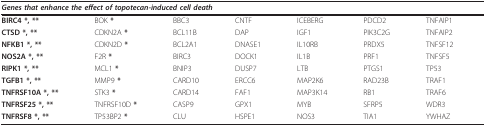
<table><thead><tr><td colspan="7"><b><i>Genes that enhance the effect of topotecan-induced cell death</i></b></td></tr></thead><tbody><tr><td><b>BIRC4 *, **</b></td><td>BOK <b>*</b></td><td>BBC3</td><td>CNTF</td><td>ICEBERG</td><td>PDCD2</td><td>TNFAIP1</td></tr><tr><td><b>CTSD *, **</b></td><td>CDKN2A <b>*</b></td><td>BCL11B</td><td>DAP</td><td>IGF1</td><td>PIK3C2G</td><td>TNFAIP2</td></tr><tr><td><b>NFKB1 *, **</b></td><td>CDKN2D <b>*</b></td><td>BCL2A1</td><td>DNASE1</td><td>IL10RB</td><td>PRDX5</td><td>TNFSF12</td></tr><tr><td><b>NOS2A *, **</b></td><td>F2R <b>*</b></td><td>BIRC3</td><td>DOCK1</td><td>IL1B</td><td>PRF1</td><td>TNFSF5</td></tr><tr><td><b>RIPK1 *, **</b></td><td>MCL1 <b>*</b></td><td>BNIP3</td><td>DUSP7</td><td>LTB</td><td>PTGS1</td><td>TP53</td></tr><tr><td><b>TGFB1 *, **</b></td><td>MMP9 <b>*</b></td><td>CARD10</td><td>ERCC6</td><td>MAP2K6</td><td>RAD23B</td><td>TRAF1</td></tr><tr><td><b>TNFRSF10A *, **</b></td><td>STK3 <b>*</b></td><td>CARD14</td><td>FAF1</td><td>MAP3K14</td><td>RB1</td><td>TRAF6</td></tr><tr><td><b>TNFRSF25 *, **</b></td><td>TNFRSF10D <b>*</b></td><td>CASP9</td><td>GPX1</td><td>MYB</td><td>SFRP5</td><td>WDR3</td></tr><tr><td><b>TNFRSF8 *, **</b></td><td>TP53BP2 <b>*</b></td><td>CLU</td><td>HSPE1</td><td>NOS3</td><td>TIA1</td><td>YWHAZ</td></tr></tbody></table>